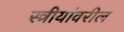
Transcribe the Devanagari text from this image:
स्त्रीयांवरील